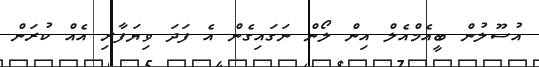
އުސޫލުން ބީއެމްއެލް އިން ލޯން ނަގައިގެން އެ ފަދަ ވިޔަފާރި އެއް ކުރަން